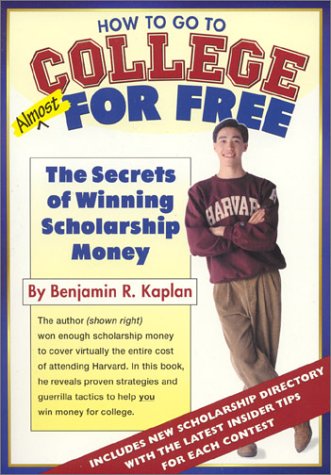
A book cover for How To Go To College Almost For Free; Benjamin R. Kaplan; Business & Money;